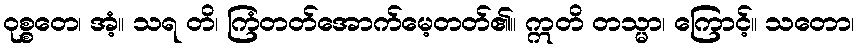
ဝုစ္စတေ၊ အံ့။ သရ တိ၊ ကြံတတ်အောက်မေ့တတ်၏။ ဣတိ တသ္မာ၊ ကြောင့်။ သတော၊